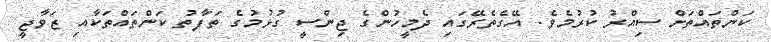
ކަންތައްތަށް ސިއްރު ކުރުމެވެ. އޭގެތެރޭގައި ދެމީހުންގެ ޖިންސީ ގުޅުމުގެ ތަފާތު ކަންތައްތަކާއި ޒަވާޖީ